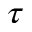
\tau